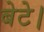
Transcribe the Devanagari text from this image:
बेटे।